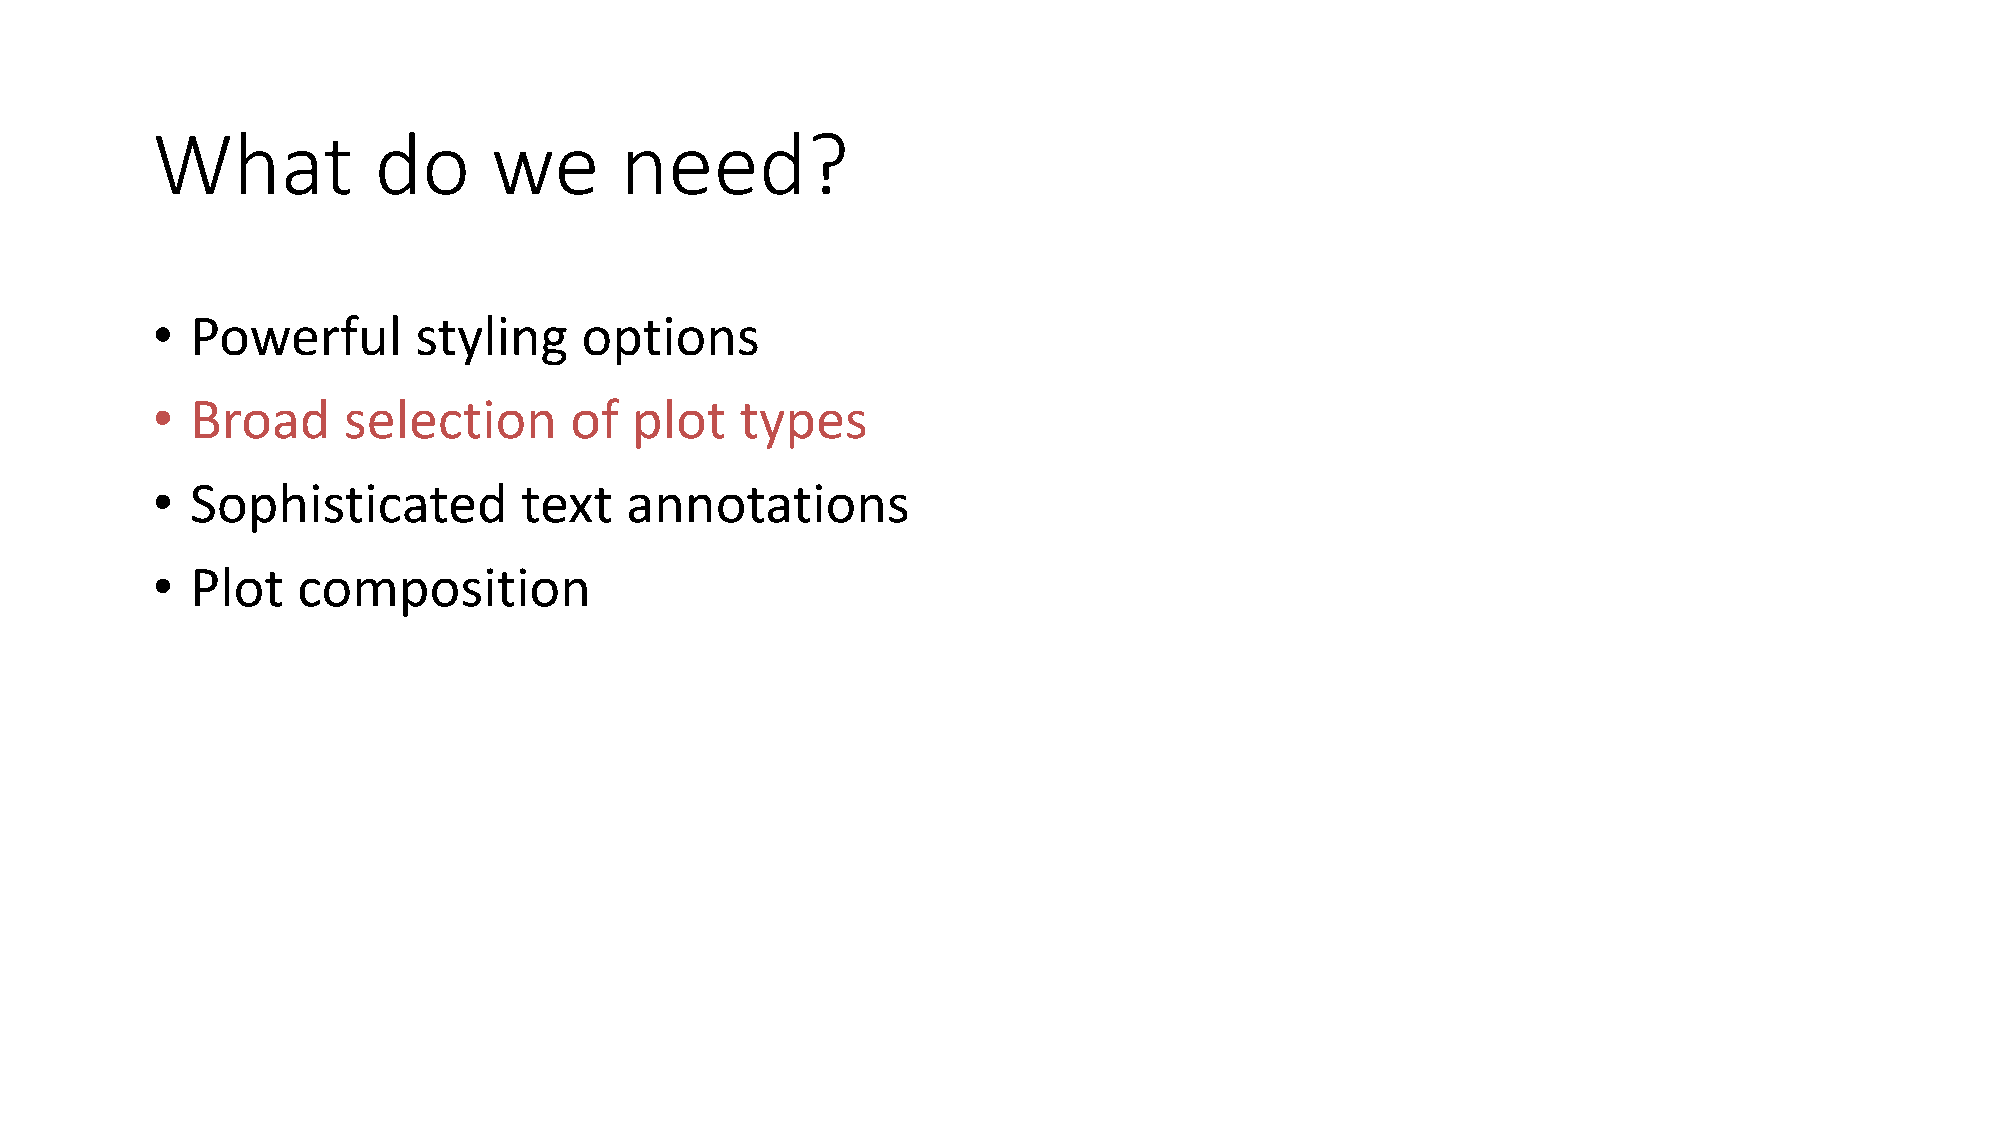
What           do     we       need?
 •  Powerful      styling    options
 •  Broad     selection      of  plot   types
 •  Sophisticated        text   annotations
 •  Plot   composition